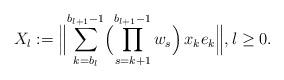
LaTeX: \begin{align*}X_l:=\Bigl\|\sum_{k=b_l}^{b_{l+1}-1}\Bigl(\prod_{s=k+1}^{b_{l+1}-1}w_s\Bigr)\,x_ke_k\Bigr\|,l\ge 0.\end{align*}